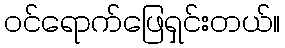
ဝင်ရောက်ဖြေရှင်းတယ်။